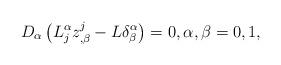
LaTeX: \begin{align*}D_\alpha\left(L^\alpha_j z^j_{,\beta}-L\delta^\alpha_\beta\right)=0,\alpha,\beta=0,1, \end{align*}